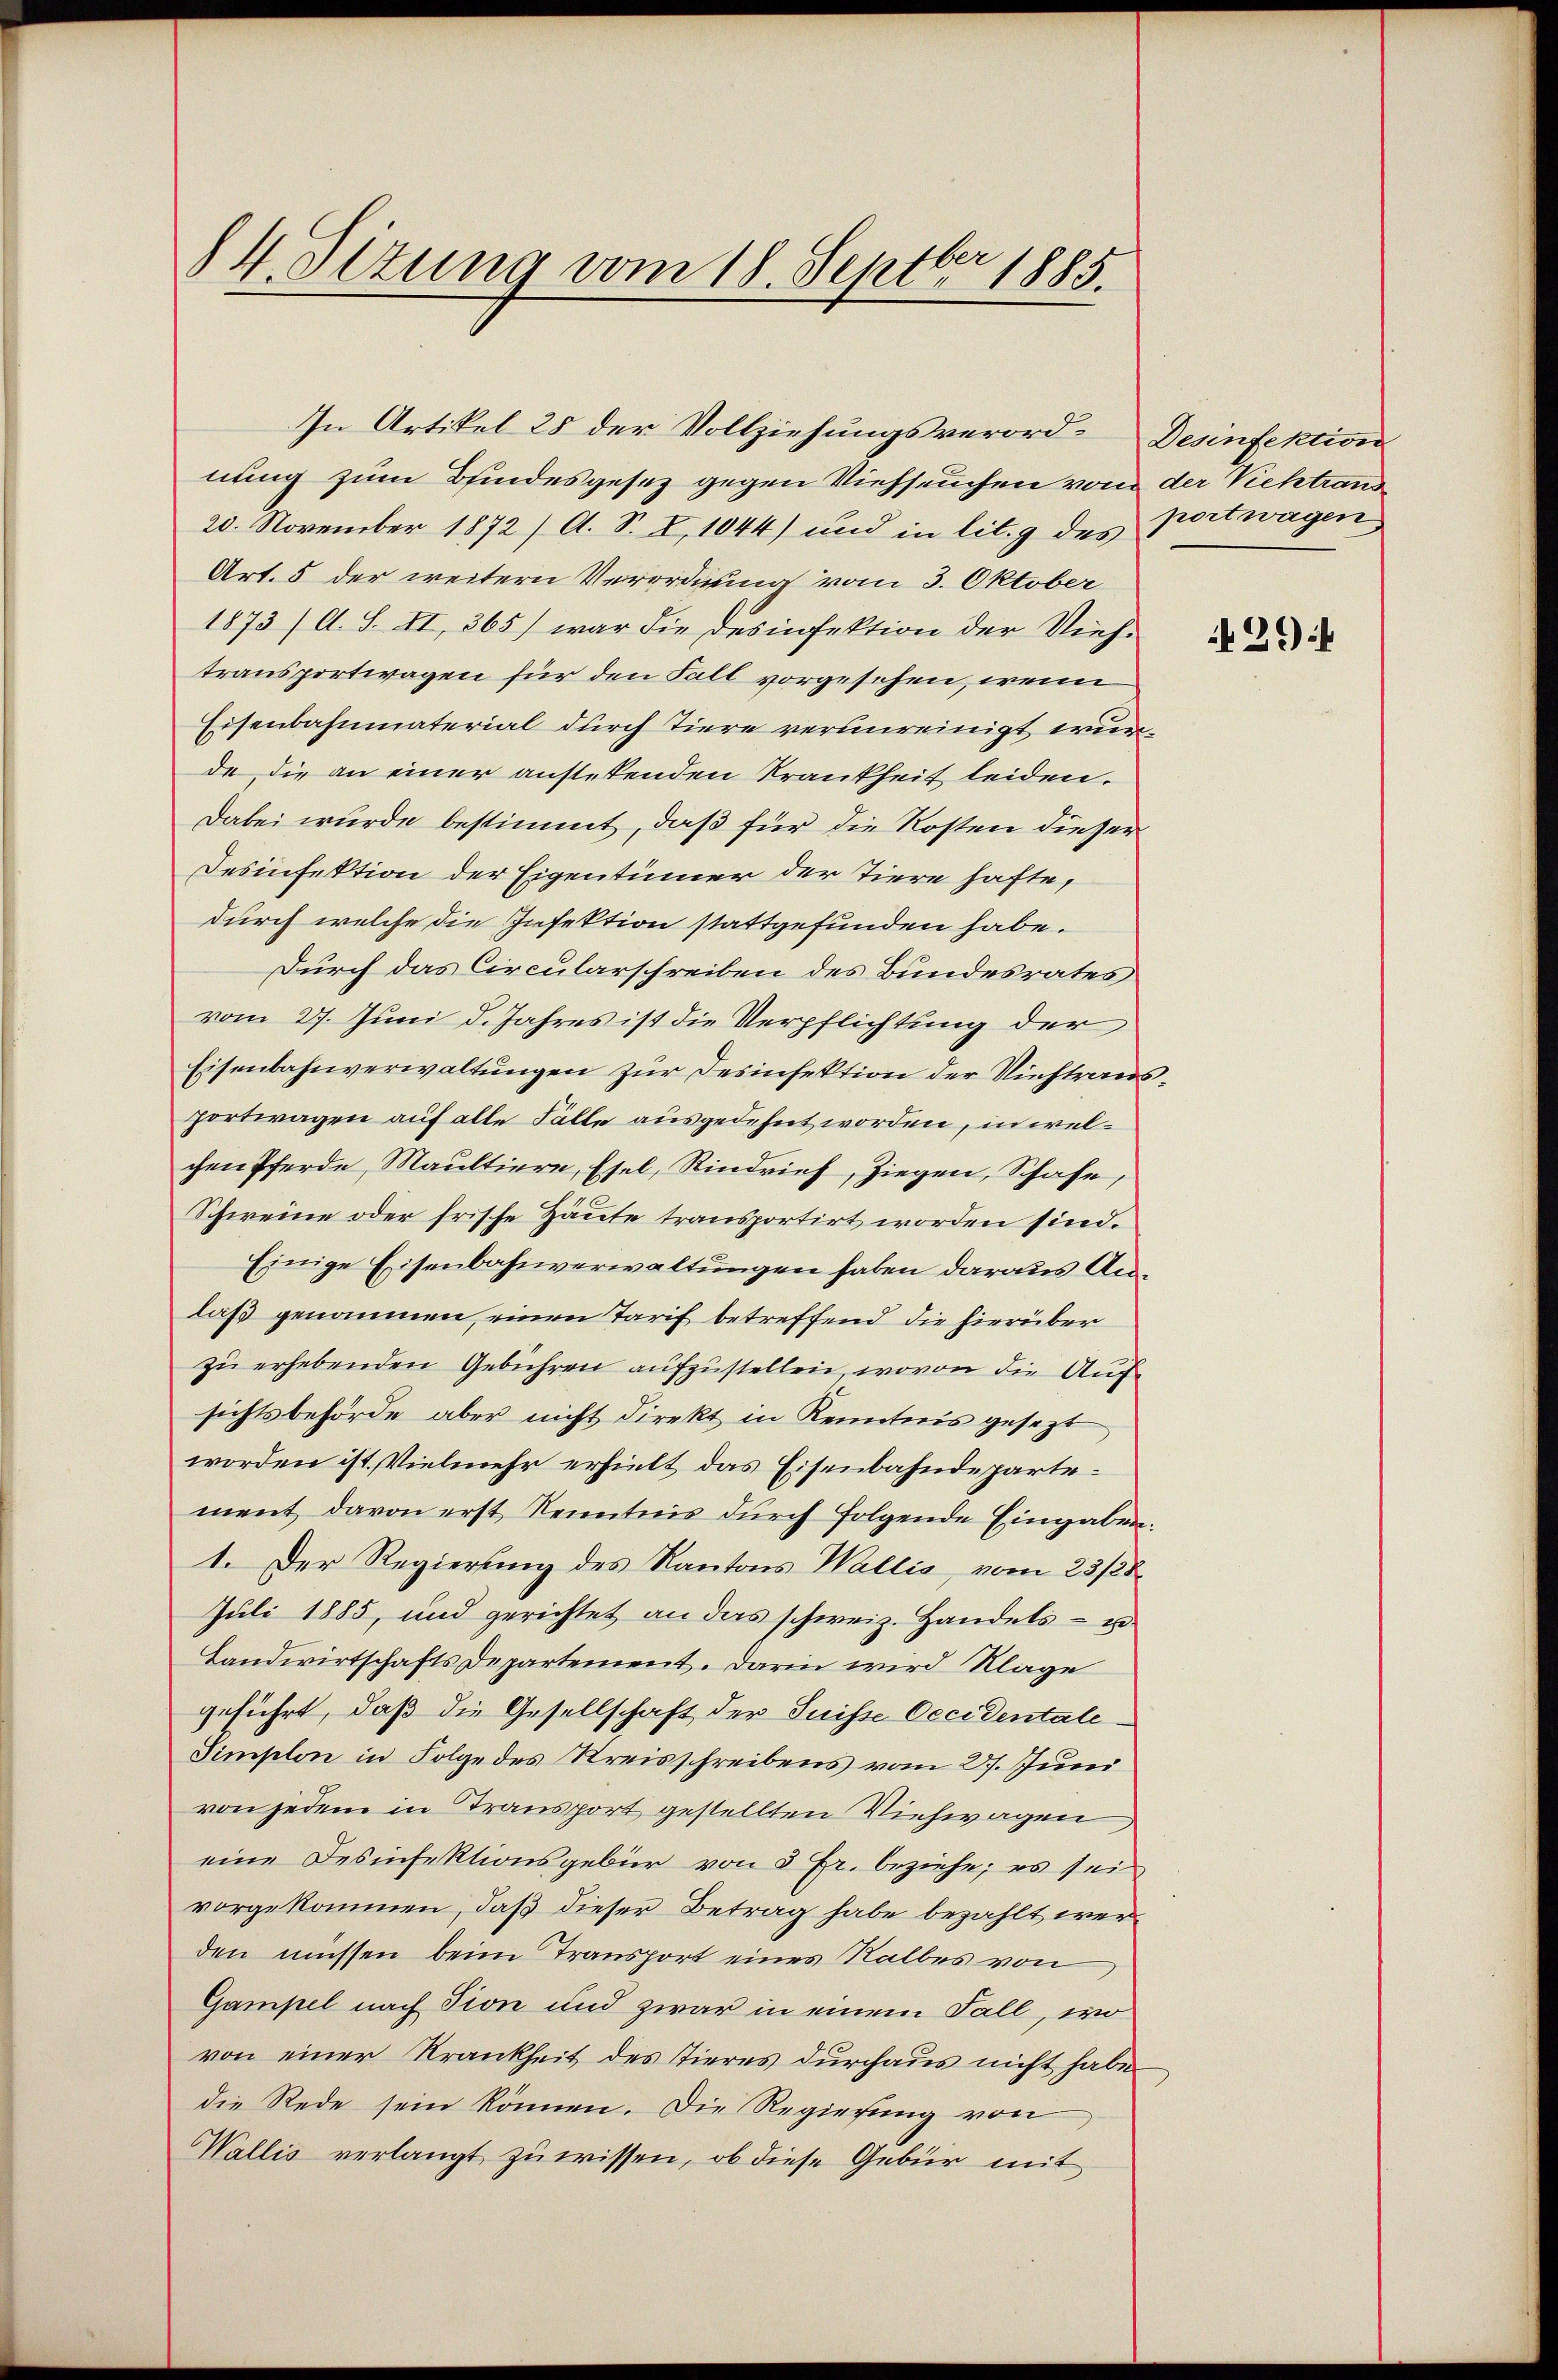
84. Situng vom 18. Septbr 1885.

nung zum Bindesgesez gegen Viehseuchen von der Viehtraud
20. November 1872/A. S. I, 1044) und in lit. 9 des
Art. 5 der weitern Verordnung vom 3. Oktober
1873 /A. S. II, 365) war die desinfektion der Niehtransportwagen für den Fall vorgesehen, wenn
Eisenbahnmaterial durch Tiere verunreinigt wurde die an einer anstehenden Krankheit leiden.
Dabei wurde bestimmt, daß für die Kosten dieser
Desinfektion der Eigentümer der Tiere hafte,
durch welche die Infektion stattgefunden habe.
Durch das Circularschreiben des Bundesrates
vom 27. Juni d. Jahres ist die Verpflichtung der
Eisenbahnverwaltungen zur Desinfektion der Nieftrausportwagen auf alle Fälle ausgedehnt worden, in welchen Pferde, Maultiere, Esel, Rindrief, Ziegen, Schafe,
Schweine oder frische Häute transportirt worden sind.
Einige Eisenbahnverwaltungen haben daraus Anlaß genommen, einen Tarif betreffend die hierüber
zŭ erhebenden Gebühren aŭfzŭstellen, wovon die Auf-
sichtsbehörde aber nicht direkt in Kenntnis gesezt
worden ist, Vielmehr erhielt das Eisenbahndepartement davon erst Kenntnis dŭrch folgende Eingaben.
1. Der Regierung des Kantons Wallis, vom 23/25.
Juli 1885, und gerichtet an das schweiz. Handels- u
Landwirtschafts Departement. Darin wird Klage
geführt, daß die Gesellschaft der Suisse Occidentale¬
Simplon in Folge des Kreisschreibens vom 27. Juni
von jedem in Transport gestellten Viehwagen
eine Desinfektionsgebür von 3 Fr. beziehe; es sei
vorgekommen, daß dieser Betrag habe bezahlt werden müssen beim Transport eines Salbes von
Gampel nach sion und zwar in einem Fall, wo
von einer Krankheit des Tieres durchaus nicht habe
die Rede sein können. Die Regierung von
Wallis verlangt zu wissen, ob diese Gebür mit

In Artikel 25 der Vollziehungsverord-Desinfektion

portwagen

N 394